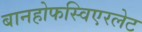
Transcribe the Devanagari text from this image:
बानहोफस्विएरलेट